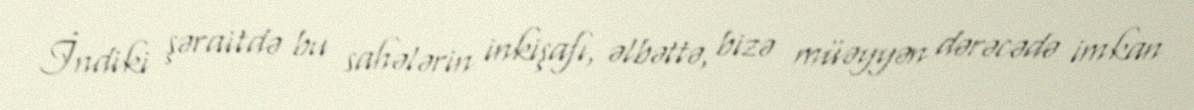
İndiki şəraitdə bu sahələrin inkişafı, əlbəttə, bizə müəyyən dərəcədə imkan